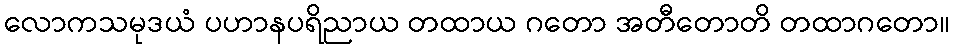
လောကသမုဒယံ ပဟာနပရိညာယ တထာယ ဂတော အတီတောတိ တထာဂတော။